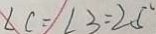
\angle C = \angle 3 = 2 5 ^ { \circ }